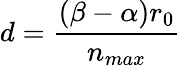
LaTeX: d=\frac{(\beta-\alpha)r_{0}}{n_{max}}